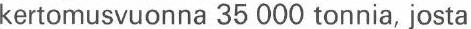
kertomusvuonna 35 000 tonnia, josta